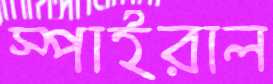
স্পাইরাল